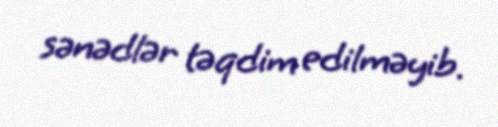
sənədlər təqdim edilməyib.